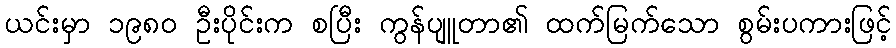
ယင်းမှာ ၁၉၈၀ ဦးပိုင်းက စပြီး ကွန်ပျူတာ၏ ထက်မြက်သော စွမ်းပကားဖြင့်